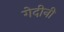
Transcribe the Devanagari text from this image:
गेदीनी